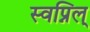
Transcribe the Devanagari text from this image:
स्वप्निल्